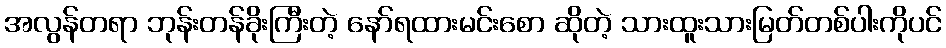
အလွန်တရာ ဘုန်းတန်ခိုးကြီးတဲ့ နော်ရထားမင်းစော ဆိုတဲ့ သားထူးသားမြတ်တစ်ပါးကိုပင်